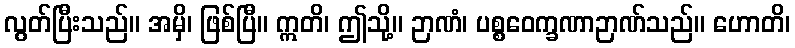
လွတ်ပြီးသည်။ အမှိ၊ ဖြစ်ပြီ။ ဣတိ၊ ဤသို့။ ဉာဏံ၊ ပစ္စဝေက္ခဏာဉာဏ်သည်။ ဟောတိ၊